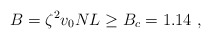
\begin{align*}B= \zeta^2 v_0 N L \ge B_c = 1.14~,\end{align*}